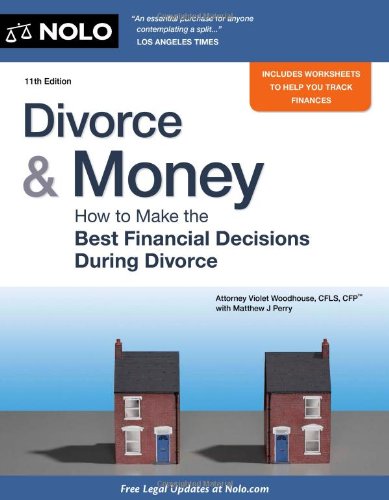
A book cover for Divorce & Money: How to Make the Best Financial Decisions During Divorce (Divorce and Money); Violet Woodhouse; Parenting & Relationships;